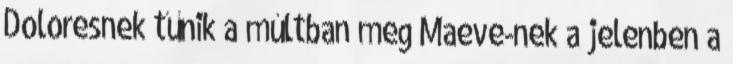
Doloresnek tűnik a múltban meg Maeve-nek a jelenben a